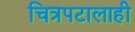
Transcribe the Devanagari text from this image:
चित्रपटालाही